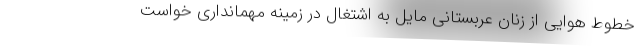
خطوط هوایی از زنان عربستانی مایل به اشتغال در زمینه مهمانداری خواست